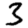
Digit: 3